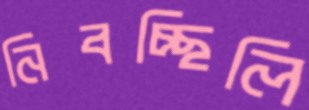
নিবচ্ছিলি